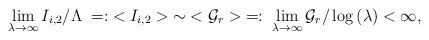
LaTeX: \begin{align*}\lim_{\lambda\to\infty}I_{i,2}/\Lambda\;=:\;<I_{i,2}>\;\sim\;<{\cal G}_r>\;=:\;\lim_{\lambda\to \infty}{\cal G}_r/\log{(\lambda)}<\infty,\end{align*}